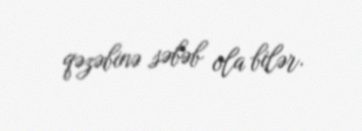
qəzəbinə səbəb ola bilər.